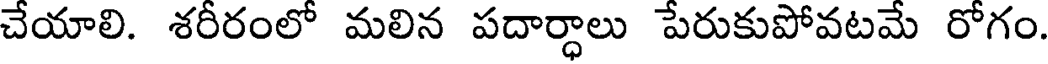
చేయాలి. శరీరంలో మలిన పదార్ధాలు పేరుకుపోవటమే రోగం.